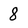
Character: 8